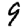
Digit: 9